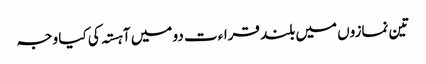
تین نمازوں میں بلند قراءت دو میں آہستہ کی کیا وجہ